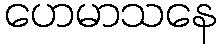
ဟေမာသနေ